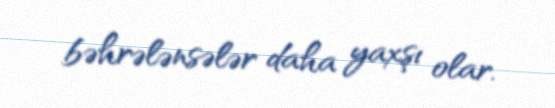
bəhrələnsələr daha yaxşı olar.